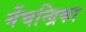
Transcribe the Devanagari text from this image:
मेंचन्द्रिका